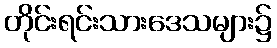
တိုင်းရင်းသားဒေသများ၌